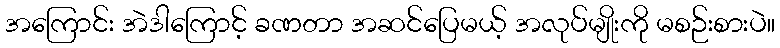
အကြောင်း အဲဒါကြောင့် ခဏတာ အဆင်ပြေမယ့် အလုပ်မျိုးကို မစဉ်းစားပဲ။